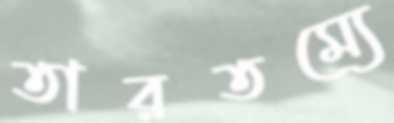
তারতম্যে